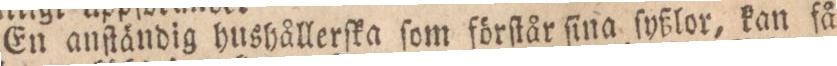
En anſtändig hushållerſka ſom förſtår ſina ſyßlor, kan få